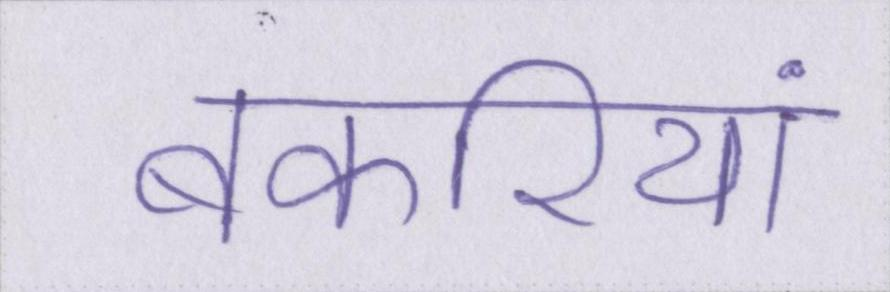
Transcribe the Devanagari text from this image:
बकरियां